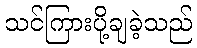
သင်ကြားပို့ချခဲ့သည်